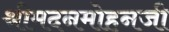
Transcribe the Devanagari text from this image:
श्रीमदनमोहनजी